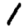
Digit: 1